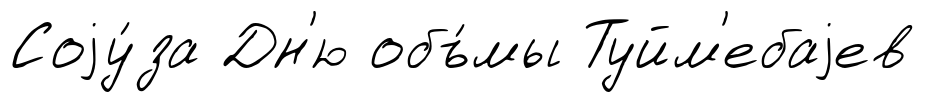
Соjу́за Дн'ю объ́мы Туйм'ебаjев